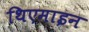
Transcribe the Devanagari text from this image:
थिएमाइन